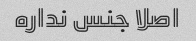
اصلا جنس نداره